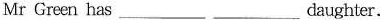
Mr Green has___ ___daughter.